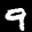
Label: 9